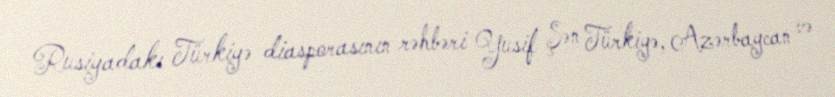
Rusiyadakı Türkiyə diasporasının rəhbəri Yusif Şən Türkiyə, Azərbaycan və